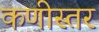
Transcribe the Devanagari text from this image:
कणीस्तर